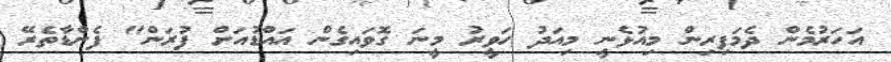
އަހަރުމެން ދެމަފިރިން މިއުޅެނީ މިއަދު ހަވީރު މީނަ ގޮވައިގެން އައްޑުއަށް ފުރަން" ފެންޑާތެރޭ